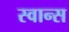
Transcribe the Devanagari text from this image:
स्वान्स